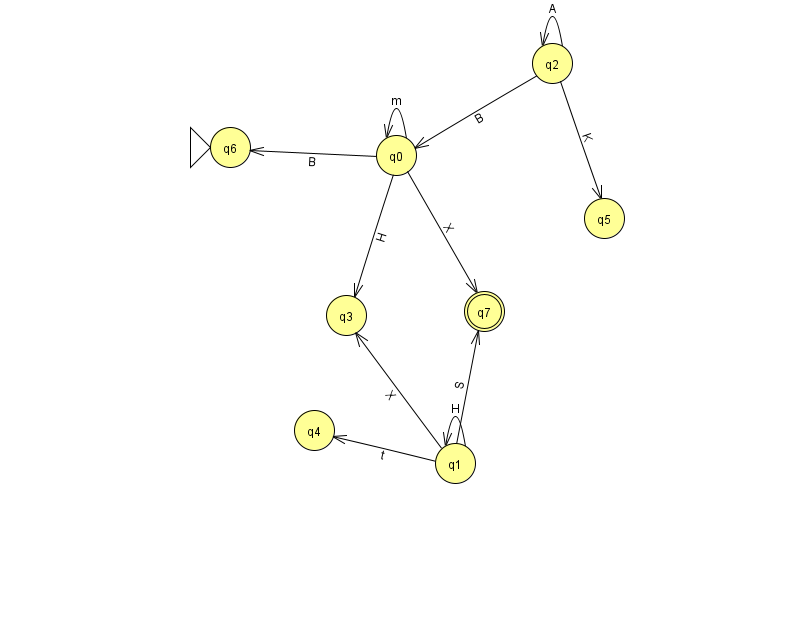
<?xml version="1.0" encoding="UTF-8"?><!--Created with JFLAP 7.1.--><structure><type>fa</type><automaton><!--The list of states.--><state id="0" name="q0"><x>396.0</x><y>142.0</y></state><state id="1" name="q1"><x>455.0</x><y>450.0</y></state><state id="2" name="q2"><x>552.0</x><y>50.0</y></state><state id="3" name="q3"><x>346.0</x><y>302.0</y></state><state id="4" name="q4"><x>314.0</x><y>417.0</y></state><state id="5" name="q5"><x>604.0</x><y>205.0</y></state><state id="6" name="q6"><x>230.0</x><y>134.0</y><initial/></state><state id="7" name="q7"><x>484.0</x><y>298.0</y><final/></state><!--The list of transitions.--><transition><from>0</from><to>3</to><read>H</read></transition><transition><from>0</from><to>6</to><read>B</read></transition><transition><from>2</from><to>2</to><read>A</read></transition><transition><from>2</from><to>0</to><read>B</read></transition><transition><from>2</from><to>5</to><read>K</read></transition><transition><from>1</from><to>4</to><read>t</read></transition><transition><from>1</from><to>1</to><read>H</read></transition><transition><from>1</from><to>7</to><read>S</read></transition><transition><from>0</from><to>7</to><read>X</read></transition><transition><from>1</from><to>3</to><read>X</read></transition><transition><from>0</from><to>0</to><read>m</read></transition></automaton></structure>